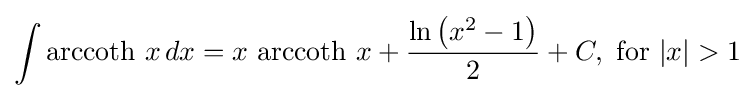
\int \operatorname {arccoth} \,x\,dx=x\,\operatorname {arccoth} \,x+{\frac {\ln \left(x^{2}-1\right)}{2}}+C,{\text{ for }}\vert x\vert >1